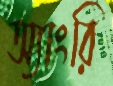
অ্যাংরি